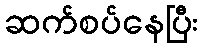
ဆက်စပ်နေပြီး